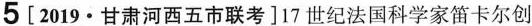
5 [2019 · 甘肃河西五市联考]17世纪法国科学家笛卡尔创